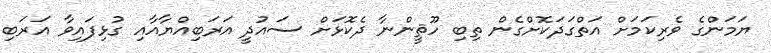
ޔަމަންގެ ވެރިކަމަށް އަތްގަދަކޮށްގެން ތިބި ހޫޘީންނާ ދެކޮޅަށް ސައުދީ އަރަބިއްޔާއާއި ގުޅިފައިވާ އަރަބި